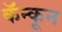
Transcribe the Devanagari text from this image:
कॅन्कून